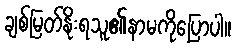
ချစ်မြတ်နိုးရသူ၏နာမကိုပြောပါ။